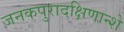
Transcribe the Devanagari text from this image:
जनकपुरादक्षिणान्शे